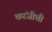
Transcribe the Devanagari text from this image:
करंजीची